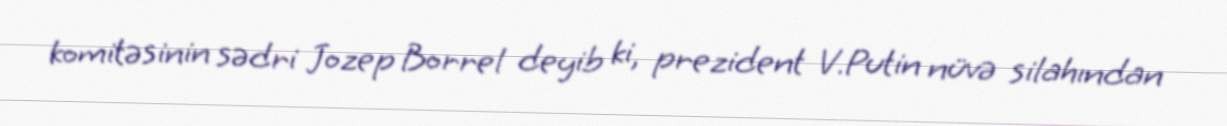
komitəsinin sədri Jozep Borrel deyib ki, prezident V.Putin nüvə silahından